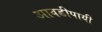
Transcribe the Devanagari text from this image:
आवडीपायी